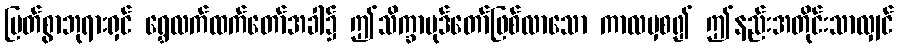
မြတ်စွာဘုရားရှင် ရွှေလက်ထက်တော်အခါ၌ ဤသိက္ခာပုဒ်တော်ဖြစ်လာသော ကာလမှစ၍ ဤနည်းအတိုင်းသာလျှင်